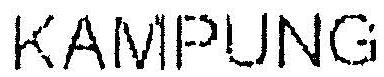
KAMPUNG